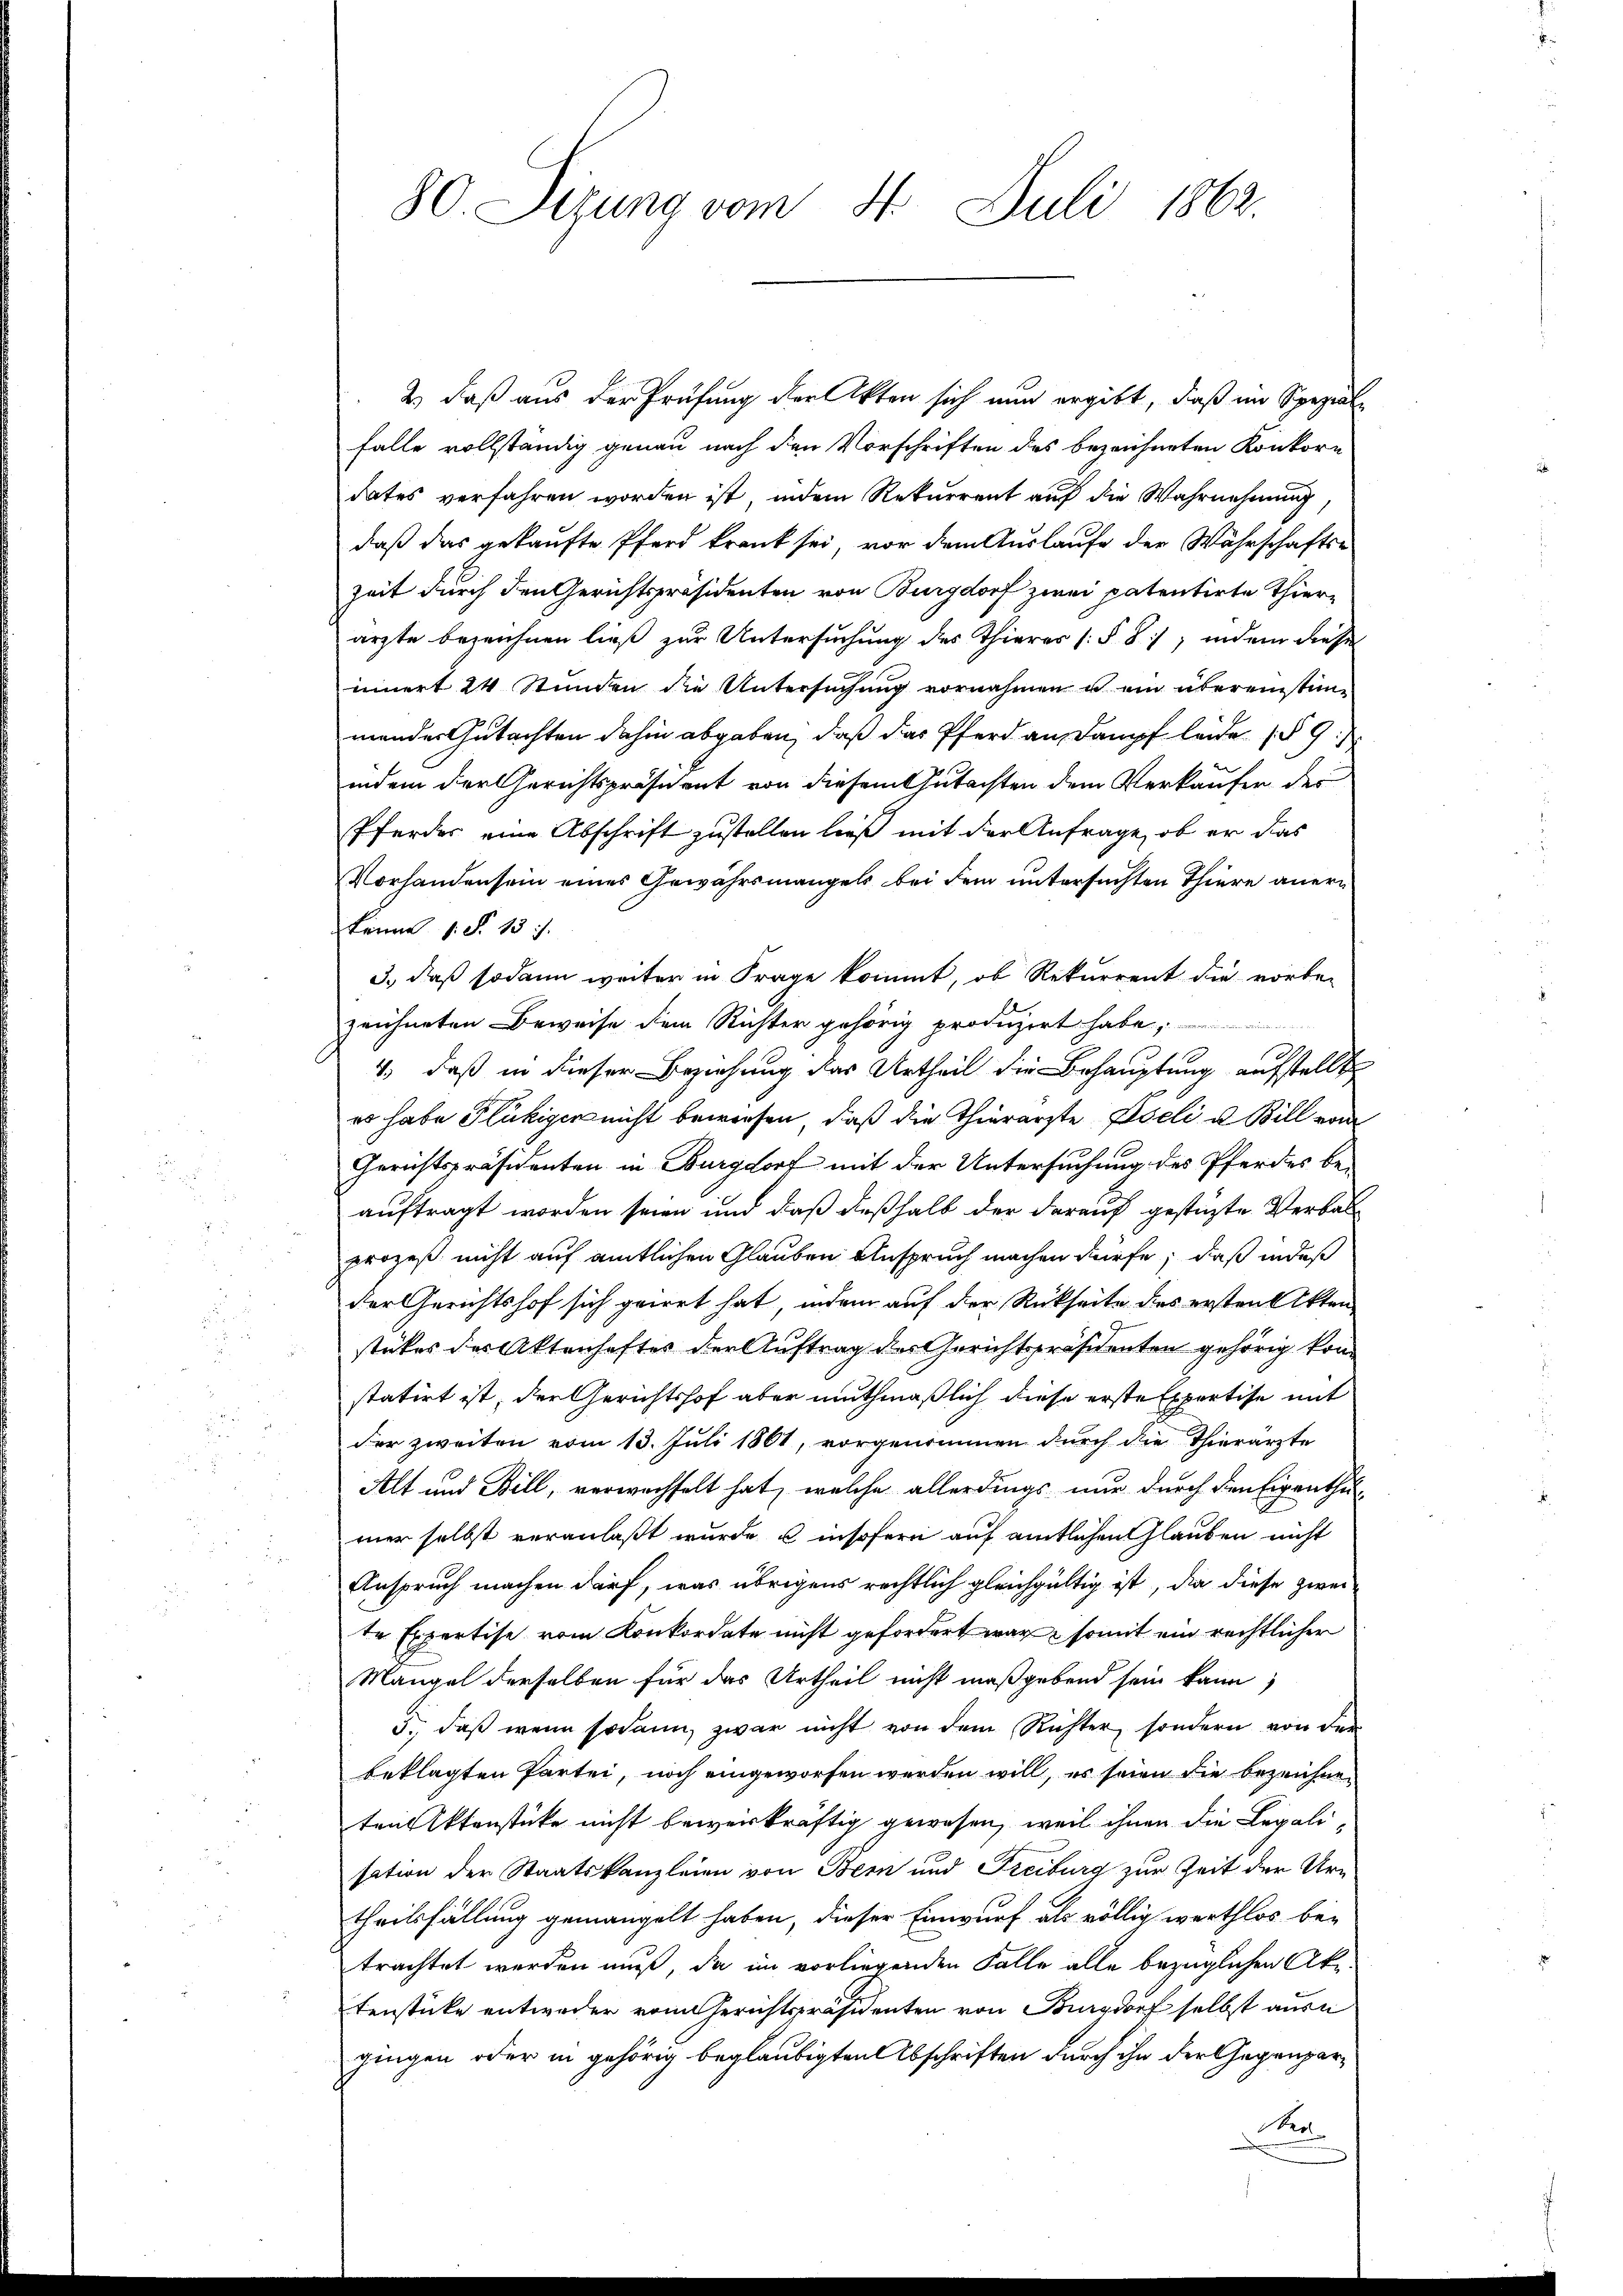
80. Sizung vom 4. Juli 1862.

2.) daß aus der Prüfung der Akten sich nun ergibt, daß im Speziale
falle vollständig genau nach den Vorschriften des bezeichneten Konkore
dates verfahren worden ist, indem Rekurrent auf die Wahrnehmung,
daß das gekaufte Pferd krank sei, vor dem Auslaufe der Währschafts-
Zeit durch den Gerichtspräsidenten von Burgdorf zwei patentirte Thierärzte bezeichnen ließ zur Untersuchung des Thieres (§ 8, indem diese
innert 24 Stunden die Untersuchung vornahmen ist ein übereinstimmendes Gutachten dahin abgaben, daß das Pferd an Dampf leide (§ 9:
indem der Gerichtspräsident von diesem Gutachten dem Verkaufen des
Pferdes eine Abschrift zustellen ließ mit der Anfrage, ob er das
Vorhanden sein eines Gewährsmangels bei dein untersuchten Thiere aner¬
Fenne s. S. 13.
3., daß sodann weiter in Frage kommt, ob Rekurrent die vorbe-
zeichneten Beweise dem Richter gehörig produzirt habe,
4) daß in dieser Beziehung das Urtheil die Behauptung aufstellt
es habe Flukigen nicht bewiesen, daß die Thierarzte Iseli u. Bill vom
Gerichtspräsidenten in Burgdorf mit der Untersuchung des Pferdes beauftragt worden seien und daß deßhalb der darauf gestüzte Verbalprozeß nicht auf amtlichen Glauben Anspruch machen dürfe; daß in daß
der Gerichtshof sich geirrt hat, indem auf der Rückseite des ersten Akten
stükes des Aktenhaftes der Auftrag des Gerichtspräsidenten gehörig kom
statirt ist, der Gerichtshof aber muthmaßlich diese erste Expertise mit
der zweiten vom 13. Juli 1861, vorgenommen durch die Thierärzte
Alt und Bill, verwechselt hat, welche allerdings nur durch den Eigenthu-
mer selbst veranlaßt wurde u insofern auf amtlichen Glauben nicht
Anspruch machen darf, was übrigens rechtlich gleichgültig ist, die diese zwei
r Expertise vom Konkordate nicht gefordert war somit ein rechtlicher
Mangel derselben für das Urtheil nicht maßgebend sein kann;
5., daß wenn sodann, zwar nicht von dem Richter, sondern von der
beklagten Partei, noch eingeworfen werden will, es seien die bezeichne
ten Aktenstücke nicht beweiskräftig gewesen, weil ihnen die Legalisation der Staatskanzleien von Bern und Freiburg zur Zeit der Urtheilsfällung gemangelt haben, dieser Einwurf als völlig werthlos be-
trachtet werden muß, da im vorliegenden Falle alle bezüglichen Aktenstücke entweder vom Gerichtspräsidenten von Burgdorf selbst ausn
gingen oder in gehörig beglaubigten Abschriften durch ihn der Gegenpar¬
A